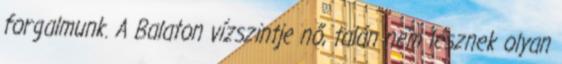
forgalmunk. A Balaton vízszintje nő, talán nem lesznek olyan